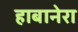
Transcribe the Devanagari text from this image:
हाबानेरा